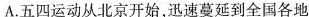
A.五四运动从北京开始，迅速蔓延到全国各地